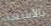
بالأشعة